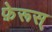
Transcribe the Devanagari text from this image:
फ़ेरूस्